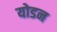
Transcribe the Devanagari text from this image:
योडन